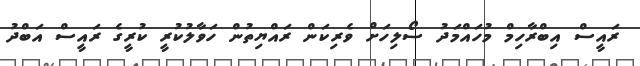
ރައީސް އިބްރާހިމް މުހައްމަދު ސޯލިހަށް ވެރިކަން ރައްޔިތުން ހަވާލުކުރީ ކުރީގެ ރައީސް އަބްދު